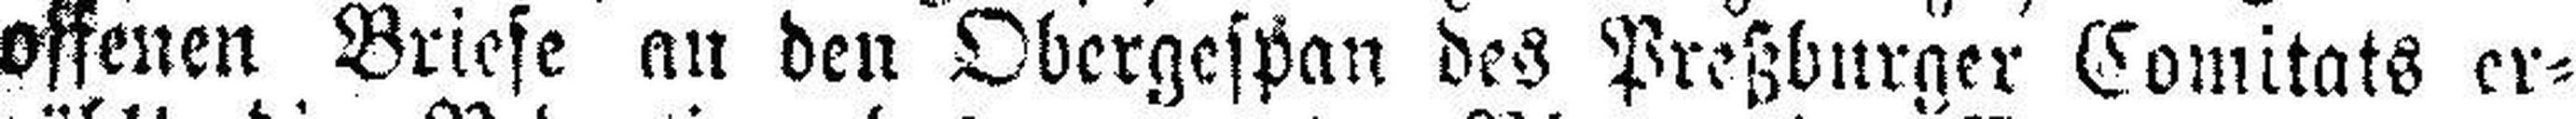
offenen Briefe an den Obergespan des Preßburger Comitats er¬